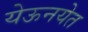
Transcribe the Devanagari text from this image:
येऊनयेत